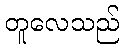
တူလေသည်